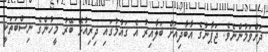
ދަށްވަމުންނެވެ. ޖަޕާނުގެ އާބާދިއަށް ބަލާއިރު އެ ގައުމުގައި ދިރިއުޅޭ ބޭރު މީހުންގެ ނިސްބަތަކީ